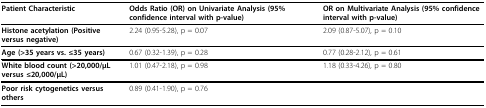
| Patient Characteristic | Odds Ratio (OR) on Univariate Analysis (95% confidence interval with p-value) | OR on Multivariate Analysis (95% confidence interval with p-value) |
 | --- | --- | --- |
 | Histone acetylation (Positive versus negative) | 2.24 (0.95-5.28), p = 0.07 | 2.09 (0.87-5.07), p = 0.10 |
 | Age (>35 years vs. ≤35 years) | 0.67 (0.32-1.39), p = 0.28 | 0.77 (0.28-2.12), p = 0.61 |
 | White blood count (>20,000/μL versus ≤20,000/μL) | 1.01 (0.47-2.18), p = 0.98 | 1.18 (0.33-4.26), p = 0.80 |
 | Poor risk cytogenetics versus others | 0.89 (0.41-1.90), p = 0.76 |  |